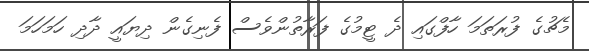
މެޗުގެ ފުރަތަމަ ހާފްގައި ދެ ޓީމުގެ ފަރާތުންވެސް ފެނިގެން ދިޔައީ ދާދި ހަމަހަމަ